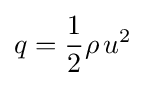
q={\frac {1}{2}}\rho \,u^{2}